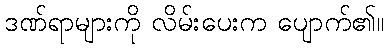
ဒဏ်ရာများကို လိမ်းပေးက ပျောက်၏။